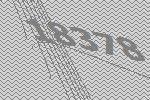
18378